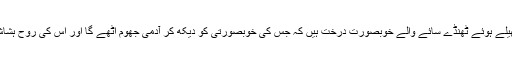
جنت میں تاحد نگاہ پھیلے ہوئے ٹھنڈے سائے والے خوبصورت درخت ہیں کہ جس کی خوبصورتی کو دیکھ کر آدمی جھوم اٹھے گا اور اس کی روح ہشاش بشاش ہوجائے گی۔